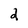
Character: 2